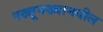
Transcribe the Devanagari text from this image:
पख्तूनख्वामधील